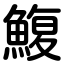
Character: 鰒